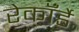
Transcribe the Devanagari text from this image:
रेकॉर्डे